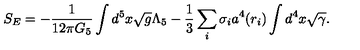
S _ { E } = - { \frac { 1 } { 1 2 \pi G _ { 5 } } } \int d ^ { 5 } x \sqrt { g } \Lambda _ { 5 } - { \frac { 1 } { 3 } } \sum _ { i } \sigma _ { i } a ^ { 4 } ( r _ { i } ) \int d ^ { 4 } x \sqrt { \gamma } .